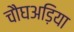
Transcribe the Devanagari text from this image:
चौघअड़िया